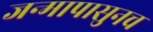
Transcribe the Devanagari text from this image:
जन्मापासुनच